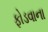
ફોડવાના